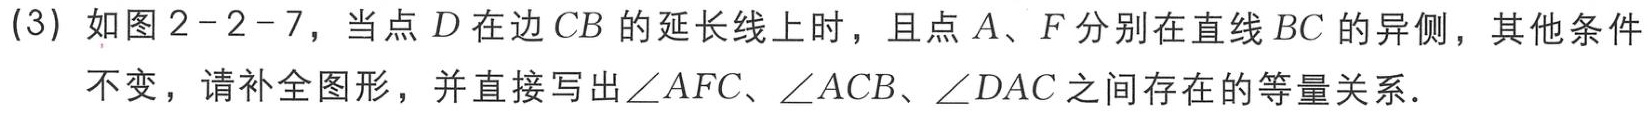
(3) 如图2 - 2 - 7，当点\(D\)在边\(CB\)的延长线上时，且点\(A\)、\(F\)分别在直线\(BC\)的异侧，其他条件不变，请补全图形，并直接写出\(\angle AFC\)、\(\angle ACB\)、\(\angle DAC\)之间存在的等量关系．